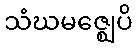
သံဃမဇ္ဈေပိ